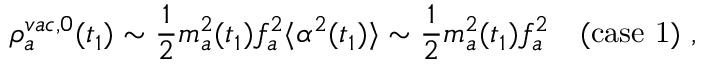
\rho _ { a } ^ { v a c , 0 } ( t _ { 1 } ) \sim { \frac { 1 } { 2 } } m _ { a } ^ { 2 } ( t _ { 1 } ) f _ { a } ^ { 2 } \langle \alpha ^ { 2 } ( t _ { 1 } ) \rangle \sim { \frac { 1 } { 2 } } m _ { a } ^ { 2 } ( t _ { 1 } ) f _ { a } ^ { 2 } ~ ~ ~ \mathrm { ( c a s e ~ 1 ) } \ ,